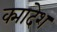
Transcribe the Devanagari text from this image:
क्मादेश